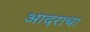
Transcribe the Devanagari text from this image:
आदराचा